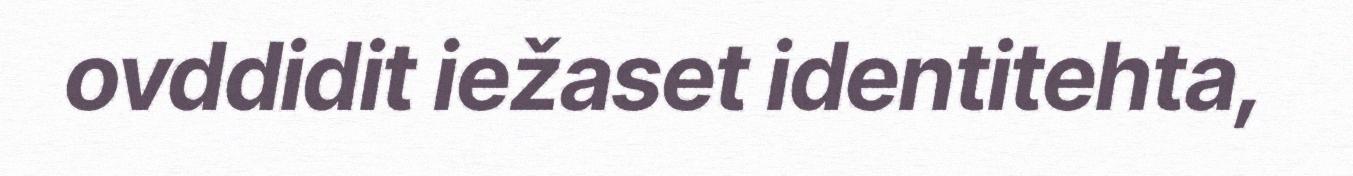
ovddidit iežaset identitehta,